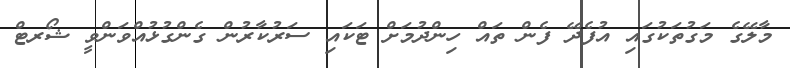
މާލޭގެ މަގުތަކުގައި އުފެދޭ ފެން ތައް ހިންދުމަށް ޓަކައި ސަރުކާރުން ގެންގުޅުއްވަންވީ ޝޯރޓް